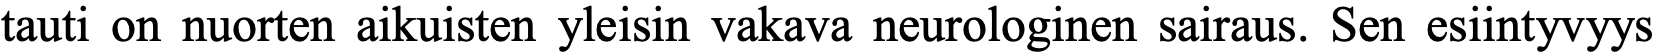
tauti on nuorten aikuisten yleisin vakava neurologinen sairaus. Sen esiintyvyys